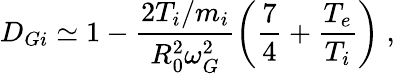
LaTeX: D_{Gi}\simeq 1-\frac{2T_{i}/m_{i}}{R_{0}^{2}\omega_{G}^{2}}\left(\frac{7}{4}+\frac{T_{e}}{T_{i}}\right)\; ,